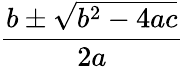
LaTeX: \frac{b\pm\sqrt{b^{2}-4ac}}{2a}